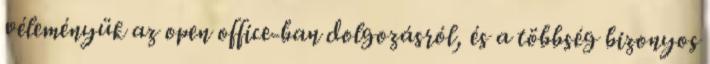
véleményük az open office-ban dolgozásról, és a többség bizonyos